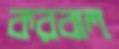
করবাল